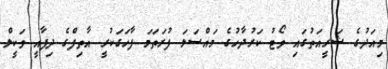
މިއަދުގެ ޝަރީއަތުގައި ވޯޓު ކަރުދާހުގެ މައްސަލަ ފުރަތަމަ ފާހަގަކުރީ އާތިފްގެ ދިފާއީ ވަކީލް